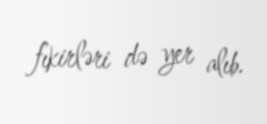
fıkirləri də yer alıb.